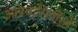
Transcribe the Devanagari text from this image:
आप्रवासियोंरहे